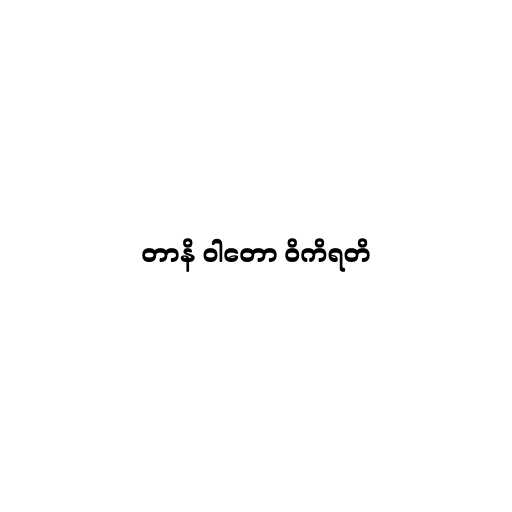
တာနိ ဝါတော ဝိကိရတိ